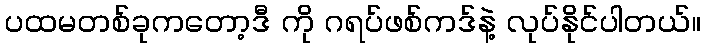
ပထမတစ်ခုကတော့ဒီ ကို ဂရပ်ဖစ်ကဒ်နဲ့ လုပ်နိုင်ပါတယ်။